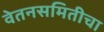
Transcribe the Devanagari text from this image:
वेतनसमितीचा